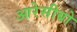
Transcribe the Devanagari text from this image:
आरेसीबो